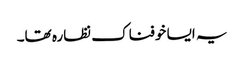
یہ ایسا خوفناک نظارہ تھا۔